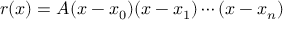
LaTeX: r ( x ) = A ( x - x _ { 0 } ) ( x - x _ { 1 } ) \cdots ( x - x _ { n } )